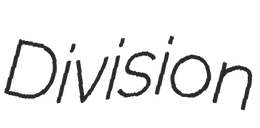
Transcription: Division